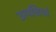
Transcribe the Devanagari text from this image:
उत्पत्तियां